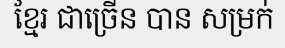
ខ្មែរ ជាច្រើន បាន សម្រក់